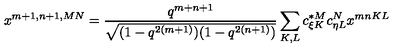
x ^ { m + 1 , n + 1 , M N } = \frac { q ^ { m + n + 1 } } { \sqrt { ( 1 - q ^ { 2 ( m + 1 ) } ) ( 1 - q ^ { 2 ( n + 1 ) } ) } } \sum _ { K , L } c _ { \xi K } ^ { * M } c _ { \eta L } ^ { N } x ^ { m n K L }